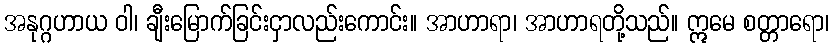
အနုဂ္ဂဟာယ ဝါ၊ ချီးမြောက်ခြင်းငှာလည်းကောင်း။ အာဟာရာ၊ အာဟာရတို့သည်။ ဣမေ စတ္တာရော၊